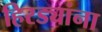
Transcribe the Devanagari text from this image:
हिरड्यांना